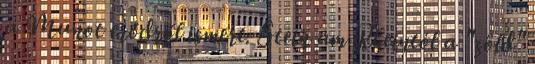
a Munot erődről ismert. Stein am Rheintól a "zöld"